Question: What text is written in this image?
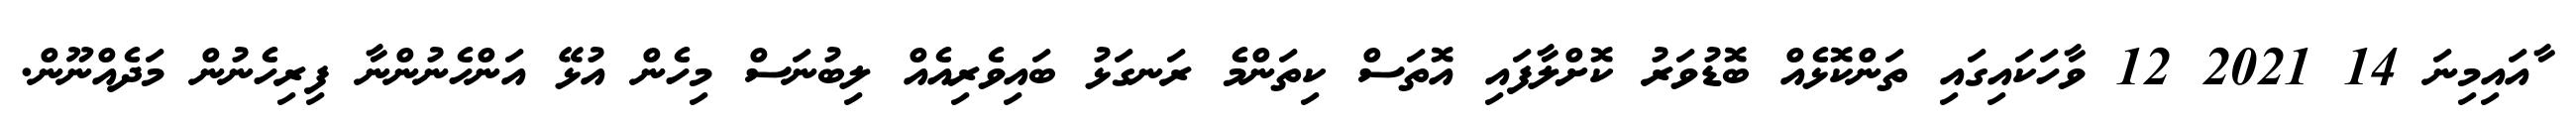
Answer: ާއައިމިނަ 14 2021 12 ވާހަކައިގައި ތަންކޮޅެއް ބޮޑުވަރު ކޮށްލާފައި އޮތަސް ކިތަންމެ ރަނގަޅު ބައިވެރިއެއް ލިބުނަސް މިހެން އުޅޭ އަންހެނުންނާ ފިރިހެނުން މަދެއްނޫން.